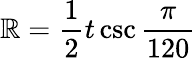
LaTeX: \mathbb{R}={\frac{{1}}{{2}}}t\csc{\frac{{\pi}}{{120}}}